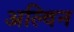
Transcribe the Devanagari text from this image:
अल्विन